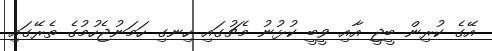
އޭގެ ކުރިން ބީޖީ އާއި ވީބީ ކުޅުނު މެޗުގައި ހިނގި ހަމަނުޖެހުމުގެ ތެރޭގައި